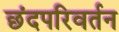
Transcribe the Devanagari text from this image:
छंदपरिवर्तन